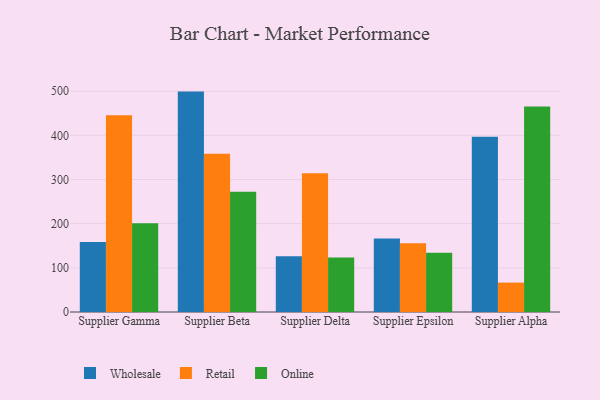
{"axis": {"x": "Supplier", "y": "Shipments"}, "legend": ["Online", "Retail", "Wholesale"], "data": [{"x": "Supplier Gamma", "y": 158.6, "type": "Wholesale"}, {"x": "Supplier Gamma", "y": 445.3, "type": "Retail"}, {"x": "Supplier Gamma", "y": 200.7, "type": "Online"}, {"x": "Supplier Beta", "y": 499.0, "type": "Wholesale"}, {"x": "Supplier Beta", "y": 358.1, "type": "Retail"}, {"x": "Supplier Beta", "y": 272.5, "type": "Online"}, {"x": "Supplier Delta", "y": 126.1, "type": "Wholesale"}, {"x": "Supplier Delta", "y": 313.9, "type": "Retail"}, {"x": "Supplier Delta", "y": 123.5, "type": "Online"}, {"x": "Supplier Epsilon", "y": 166.6, "type": "Wholesale"}, {"x": "Supplier Epsilon", "y": 155.8, "type": "Retail"}, {"x": "Supplier Epsilon", "y": 134.0, "type": "Online"}, {"x": "Supplier Alpha", "y": 396.9, "type": "Wholesale"}, {"x": "Supplier Alpha", "y": 66.6, "type": "Retail"}, {"x": "Supplier Alpha", "y": 465.4, "type": "Online"}]}